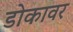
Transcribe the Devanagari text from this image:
डोकावर